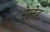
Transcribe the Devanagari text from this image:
रेलेह